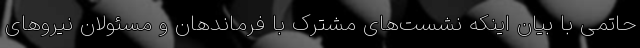
حاتمی با بیان اینکه نشست‌های مشترک با فرماندهان و مسئولان نیروهای